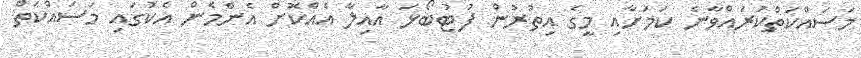
މަސައްކަތްކުރައްވާނެ ކަމަށާއި މީގެ އިތުރުން ފުޓުބޯޅަ އާއިލާ އެއްކޮށް އެންމެން އެކުގައި މަސައްކަތް